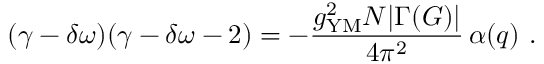
( \gamma - \delta \omega ) ( \gamma - \delta \omega - 2 ) = - { \frac { g _ { \mathrm { Y M } } ^ { 2 } N | \Gamma ( G ) | } { 4 \pi ^ { 2 } } } \, \alpha ( q ) \ .